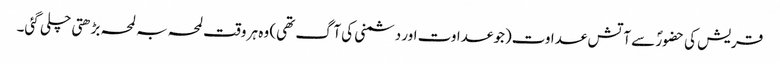
قریش کی حضورؐ سے آتش عداوت(جو عداوت اور دشمنی کی آگ تھی) وہ ہر وقت لمحہ بہ لمحہ بڑھتی چلی گئی۔